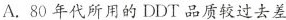
A. 80 年代所用的 DDT 品质较过去差